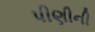
પીણીની